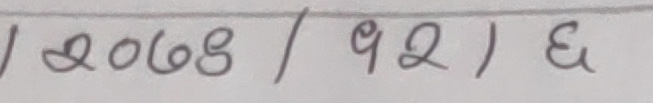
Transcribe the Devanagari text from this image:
/ २०७४ / १२ ) ६